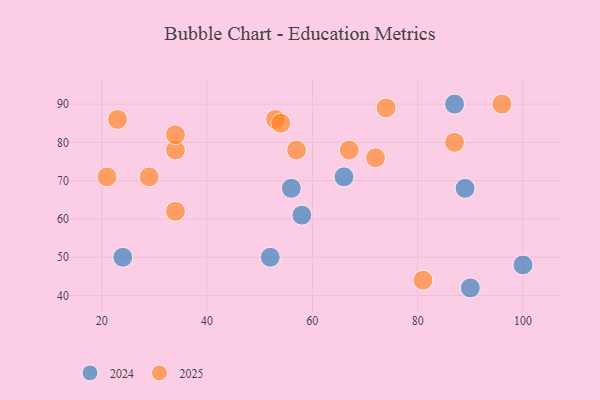
{"axis": {"x": "GDP", "y": "Life Expectancy"}, "legend": ["2024", "2025"], "data": [{"x": "34", "y": 78, "type": "2025"}, {"x": "23", "y": 86, "type": "2025"}, {"x": "34", "y": 62, "type": "2025"}, {"x": "96", "y": 90, "type": "2025"}, {"x": "72", "y": 76, "type": "2025"}, {"x": "34", "y": 82, "type": "2025"}, {"x": "21", "y": 71, "type": "2025"}, {"x": "57", "y": 78, "type": "2025"}, {"x": "29", "y": 71, "type": "2025"}, {"x": "87", "y": 80, "type": "2025"}, {"x": "81", "y": 44, "type": "2025"}, {"x": "53", "y": 86, "type": "2025"}, {"x": "74", "y": 89, "type": "2025"}, {"x": "67", "y": 78, "type": "2025"}, {"x": "54", "y": 85, "type": "2025"}, {"x": "66", "y": 71, "type": "2024"}, {"x": "100", "y": 48, "type": "2024"}, {"x": "52", "y": 50, "type": "2024"}, {"x": "24", "y": 50, "type": "2024"}, {"x": "58", "y": 61, "type": "2024"}, {"x": "90", "y": 42, "type": "2024"}, {"x": "56", "y": 68, "type": "2024"}, {"x": "89", "y": 68, "type": "2024"}, {"x": "87", "y": 90, "type": "2024"}]}